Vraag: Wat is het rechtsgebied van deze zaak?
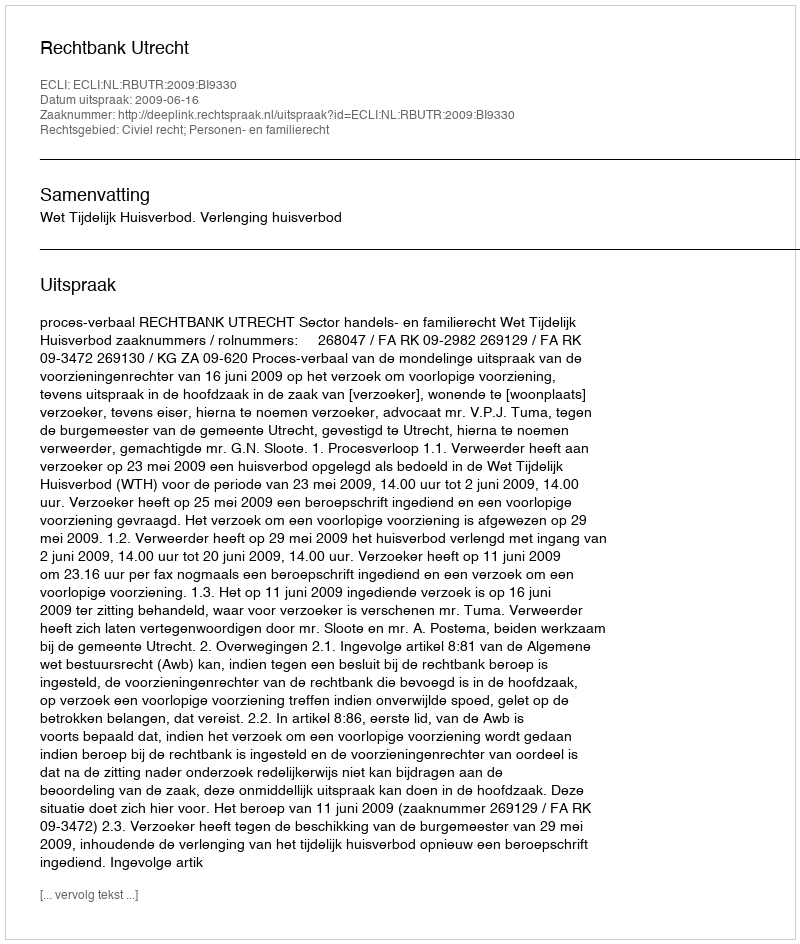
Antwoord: Civiel recht; Personen- en familierecht